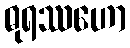
ဓုရဿဟော